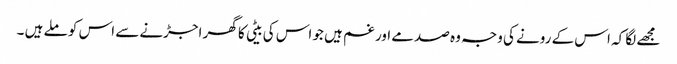
مجھے لگا کہ اس کے رونے کی وجہ وہ صدمے اور غم ہیں جو اس کی بیٹی کا گھر اجڑنے سے اس کو ملے ہیں ۔